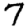
Digit: 7